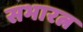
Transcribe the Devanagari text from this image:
सभारत्न